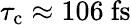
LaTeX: \tau_{\mathrm{c}}\approx 106~\mathrm{fs}